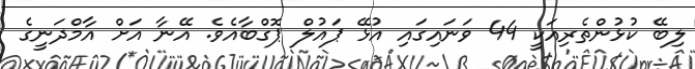
ލިބޭ ކުޅުންތެރިއަކީ 44 ވަނައިގައި އުޅޭ ޕައުލް ޕޮގްބާއެވެ. އޭނާ އަށް އާމްދަނީގެ